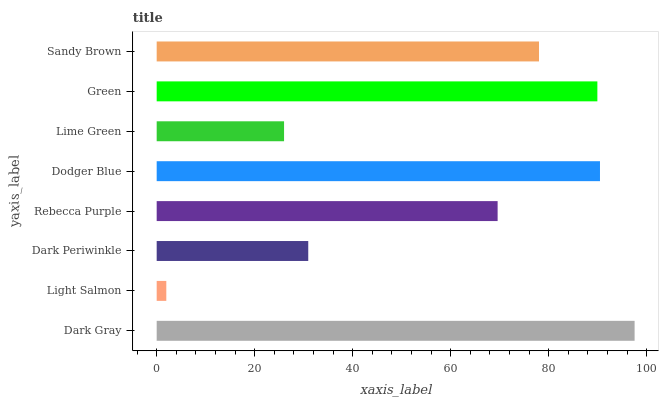
| yaxis_label | bars |
 | --- | --- |
 | Dark Gray | 97.5 |
 | Light Salmon | 1.96 |
 | Dark Periwinkle | 30.9 |
 | Rebecca Purple | 69.6 |
 | Dodger Blue | 90.5 |
 | Lime Green | 26 |
 | Green | 89.9 |
 | Sandy Brown | 78 |